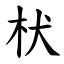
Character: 枤